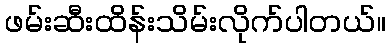
ဖမ်းဆီးထိန်းသိမ်းလိုက်ပါတယ်။